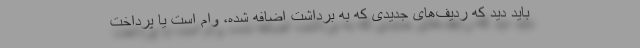
باید دید كه ردیف‌های جدیدی كه به برداشت اضافه شده، وام است یا پرداخت